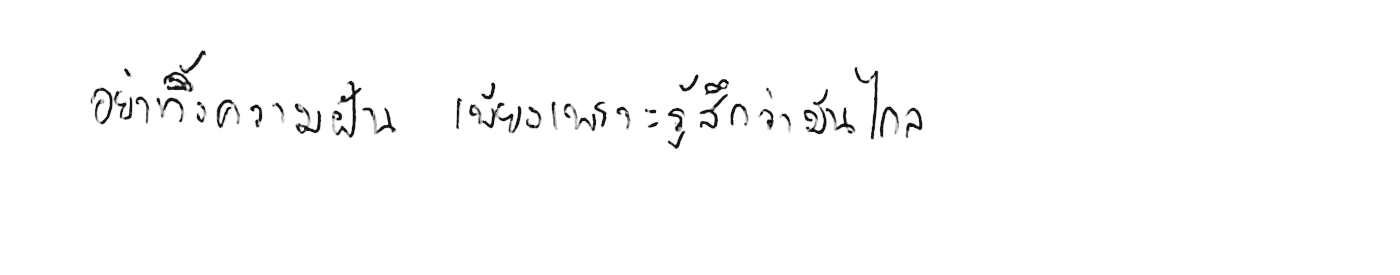
อย่าทิ้งความฝัน เพียงเพราะรู้สึกว่ามันไกล